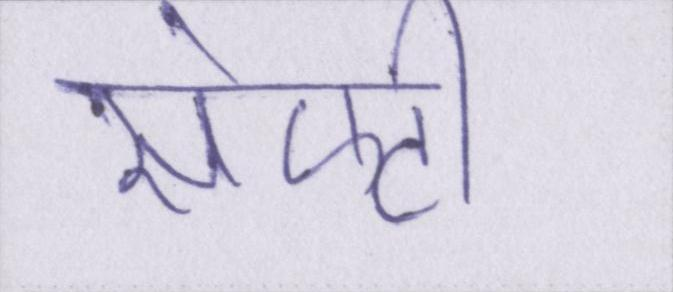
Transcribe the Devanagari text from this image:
सेफ्टी